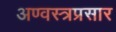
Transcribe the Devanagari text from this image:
अण्वस्त्रप्रसार